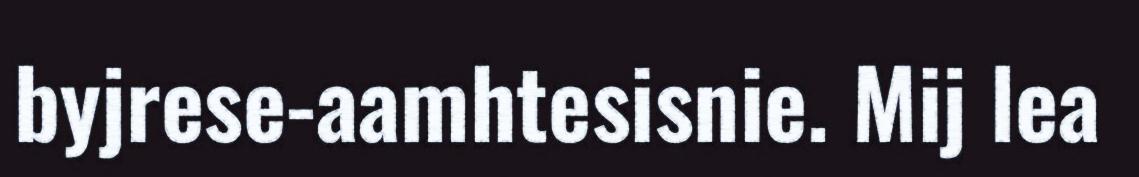
byjrese-aamhtesisnie. Mij lea